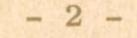
- 2 -